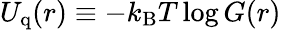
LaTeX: U_{\mathrm{q}}(r)\equiv-k_{\mathrm{B}}T\log G(r)